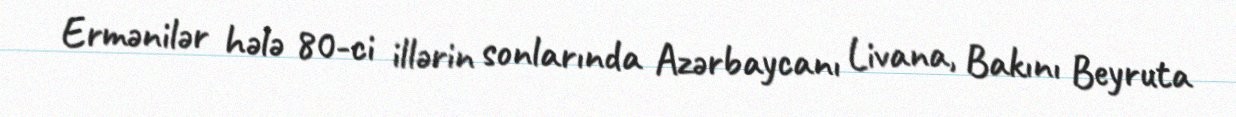
Ermənilər hələ 80-ci illərin sonlarında Azərbaycanı Livana, Bakını Beyruta